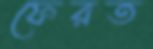
ফেরত